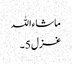
ماشاءاللہ
غزل 5۔